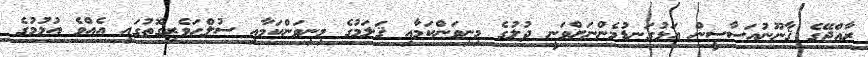
ރާއްޖޭގެ ޤާނޫނުއަސާސީން އަޅުގަނޑުމެންނަށްވަނީ ދުލުގެ މިނިވަންކަމާއި ޤަލަމުގެ މިނިވަންކަމާއި ސުލްޙަވެރިގޮތުގައި އެއްވެ އުޅުމުގެ